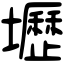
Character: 壢